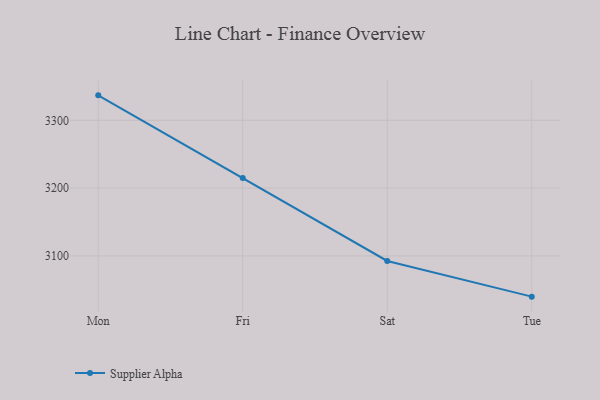
{"axis": {"x": "Day", "y": "Active Users"}, "legend": ["Supplier Alpha"], "data": [{"x": "Mon", "y": 3336.8, "type": "Supplier Alpha"}, {"x": "Fri", "y": 3214.9, "type": "Supplier Alpha"}, {"x": "Sat", "y": 3092.6, "type": "Supplier Alpha"}, {"x": "Tue", "y": 3040.0, "type": "Supplier Alpha"}]}